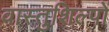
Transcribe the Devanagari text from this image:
वास्तुशिल्पों